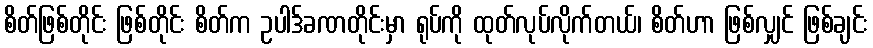
စိတ်ဖြစ်တိုင်း ဖြစ်တိုင်း စိတ်က ဥပါဒ်ခဏတိုင်းမှာ ရုပ်ကို ထုတ်လုပ်လိုက်တယ်၊ စိတ်ဟာ ဖြစ်လျှင် ဖြစ်ချင်း